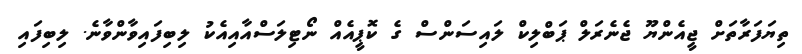
ތިޔަފަރާތަށް ޖީއެންޔޫ ޖެނެރަލް ޕަބްލިކް ލައިސަންސް ގެ ކޮޕީއެއް ނޯޓިލަސްއާއިއެކު ލިބިފައިވާންވާނެ. ލިބިފައި